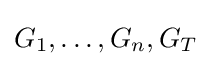
G_{1},\dots ,G_{n},G_{T}